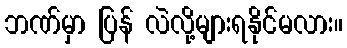
ဘဏ်မှာ ပြန် လဲလို့များရနိုင်မလား။